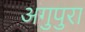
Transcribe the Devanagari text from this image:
अगुपुरा